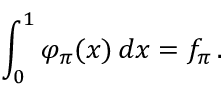
\int _ { 0 } ^ { 1 } \varphi _ { \pi } ( x ) \, d x = f _ { \pi } \, .